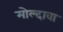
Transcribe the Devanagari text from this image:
मोल्दावा